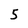
Character: 5